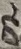
Text: D2